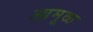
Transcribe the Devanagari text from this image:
आमूळ